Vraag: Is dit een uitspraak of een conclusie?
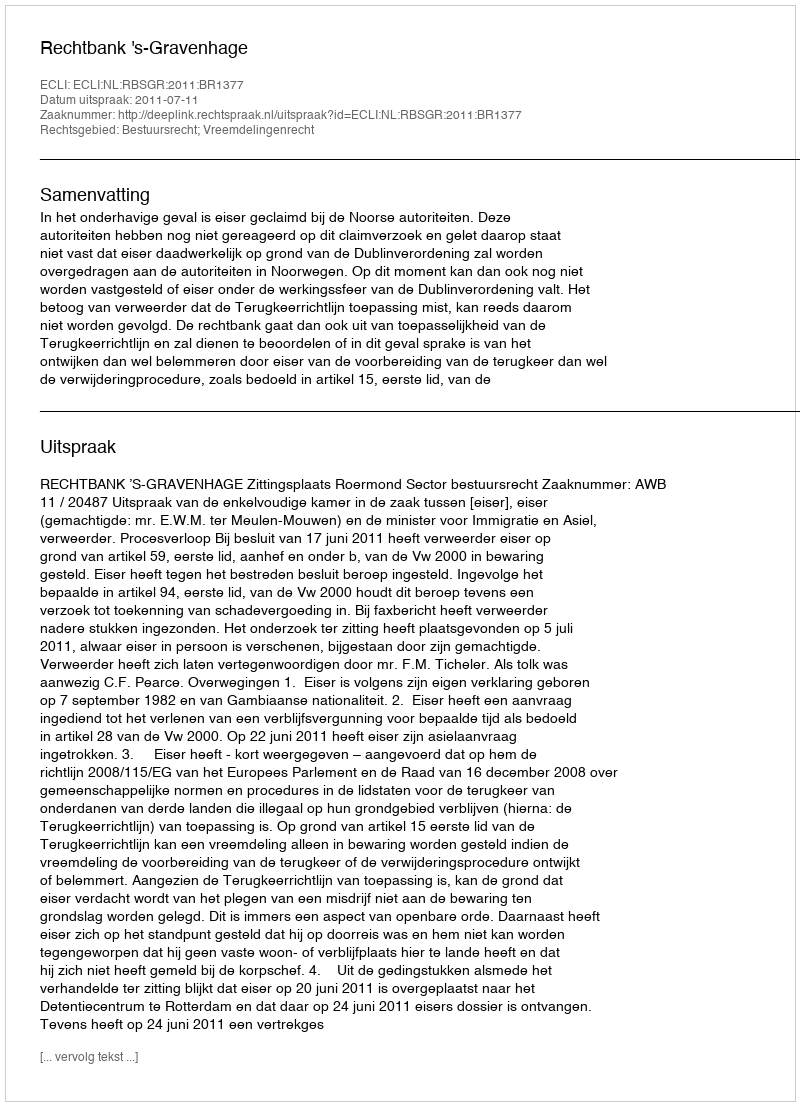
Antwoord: Uitspraak